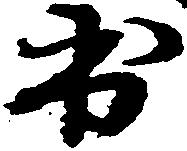
出